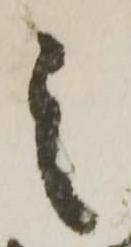
之